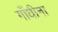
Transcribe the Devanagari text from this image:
गाँधीना